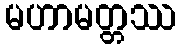
မဟာမတ္တဿ